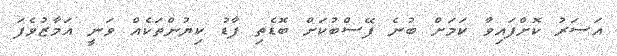
އަސަރު ކޮށްފައިވާ ކަމަށް ބުނެ ފޭސްބުކަށް ބޮޑެތި ފާޑު ކިޔުންތަކެއް ވަނީ އަމާޒުވެފަ